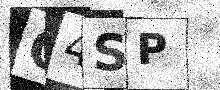
Text: Q4SP